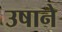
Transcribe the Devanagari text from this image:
उषाने